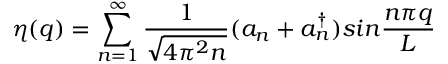
\eta ( q ) = \sum _ { n = 1 } ^ { \infty } { \frac { 1 } { \sqrt { 4 \pi ^ { 2 } n } } } ( a _ { n } + a _ { n } ^ { \dagger } ) s i n { \frac { n \pi q } { L } }